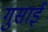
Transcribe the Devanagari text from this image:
गुसाईँ